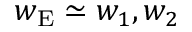
w _ { \mathrm { E } } \simeq w _ { 1 } , w _ { 2 }